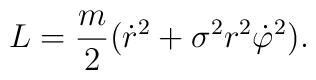
L=\frac{m}{2}(\dot{r}{}^2+\sigma^2 r^2\dot{\varphi}{}^2).